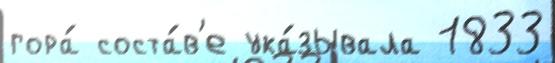
гора́ соста́в'е ука́зывала 1833